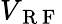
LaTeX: V_{\mathrm{~R~F~}}